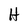
Character: H